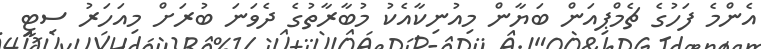
އެންމެ ފަހުގެ ޗެމްޕިއަން ބަޔާން މިއުނިކާއެކު މުބާރާތުގެ ދެވަނަ ބުރަށް މިއަހަރު ސިޓީ